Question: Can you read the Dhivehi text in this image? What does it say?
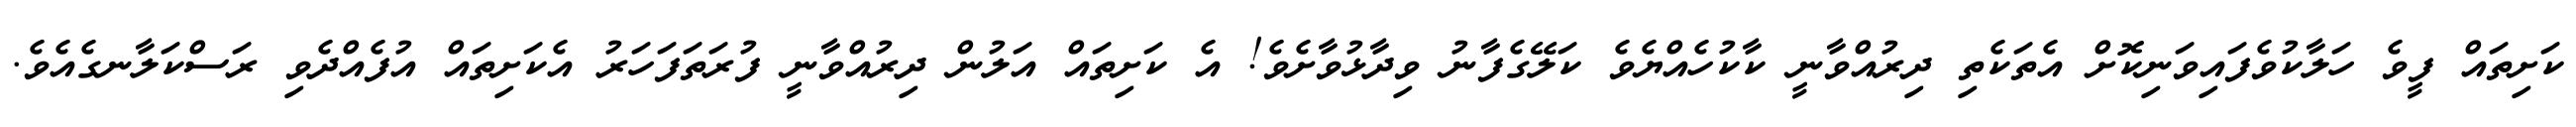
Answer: ކަށިތައް ފީވެ ހަލާކުވެފައިވަނިކޮށް އެތަކެތި ދިރުއްވާނީ ކާކުހެއްޔެވެ ކަލޭގެފާނު ވިދާޅުވާށެވެ! އެ ކަށިތައް އަލުން ދިރުއްވާނީ ފުރަތަފަހަރު އެކަށިތައް އުފެއްދެވި ރަސްކަލާނގެއެވެ.